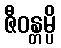
ဇီဝန္တမ္ပိ